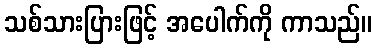
သစ်သားပြားဖြင့် အပေါက်ကို ကာသည်။